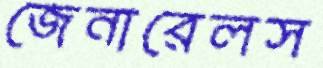
জেনারেলস